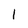
Character: 1